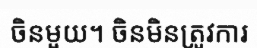
ចិនមួយ។ ចិនមិនត្រូវការ